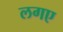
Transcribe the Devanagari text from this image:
लगए